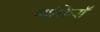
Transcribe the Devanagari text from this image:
व्यक्तियॉं